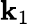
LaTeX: \mathbf{k}_{1}